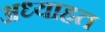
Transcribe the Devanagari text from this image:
अध्याहत